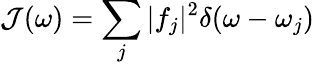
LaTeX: \mathcal{J}(\omega)=\sum_{j}\vert f_{j}\vert^{2}\delta(\omega-\omega_{j})